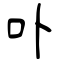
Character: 卟